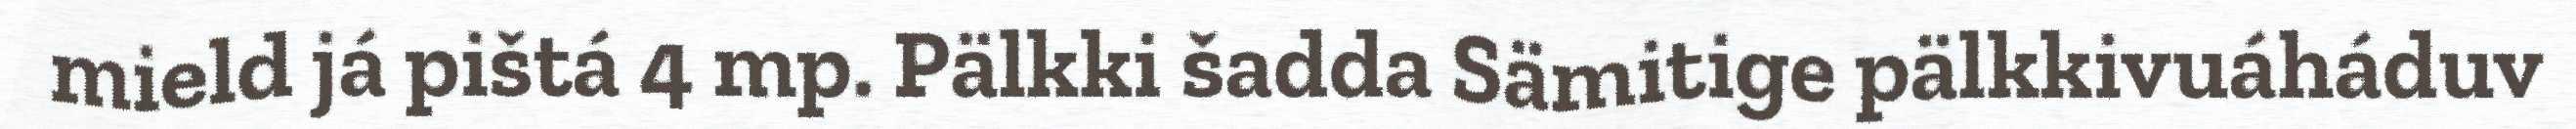
mield já pištá 4 mp. Pälkki šadda Sämitige pälkkivuáháduv